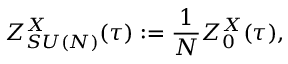
Z _ { S U ( N ) } ^ { X } ( \tau ) : = \frac { 1 } { N } Z _ { 0 } ^ { X } ( \tau ) ,